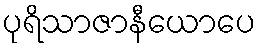
ပုရိသာဇာနီယောပေ